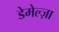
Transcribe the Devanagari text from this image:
डेमेल्ज़ा